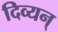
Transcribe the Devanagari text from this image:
दिव्यन्